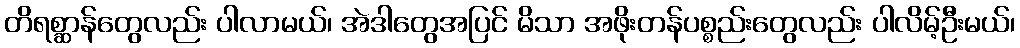
တိရစ္ဆာန်တွေလည်း ပါလာမယ်၊ အဲဒါတွေအပြင် မိသာ အဖိုးတန်ပစ္စည်းတွေလည်း ပါလိမ့်ဦးမယ်၊